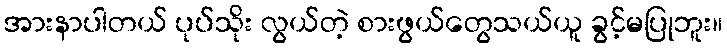
အားနာပါတယ် ပုပ်သိုး လွယ်တဲ့ စားဖွယ်တွေသယ်ယူ ခွင့်မပြုဘူး။